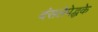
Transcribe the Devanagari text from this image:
दंसलेपेद्धके